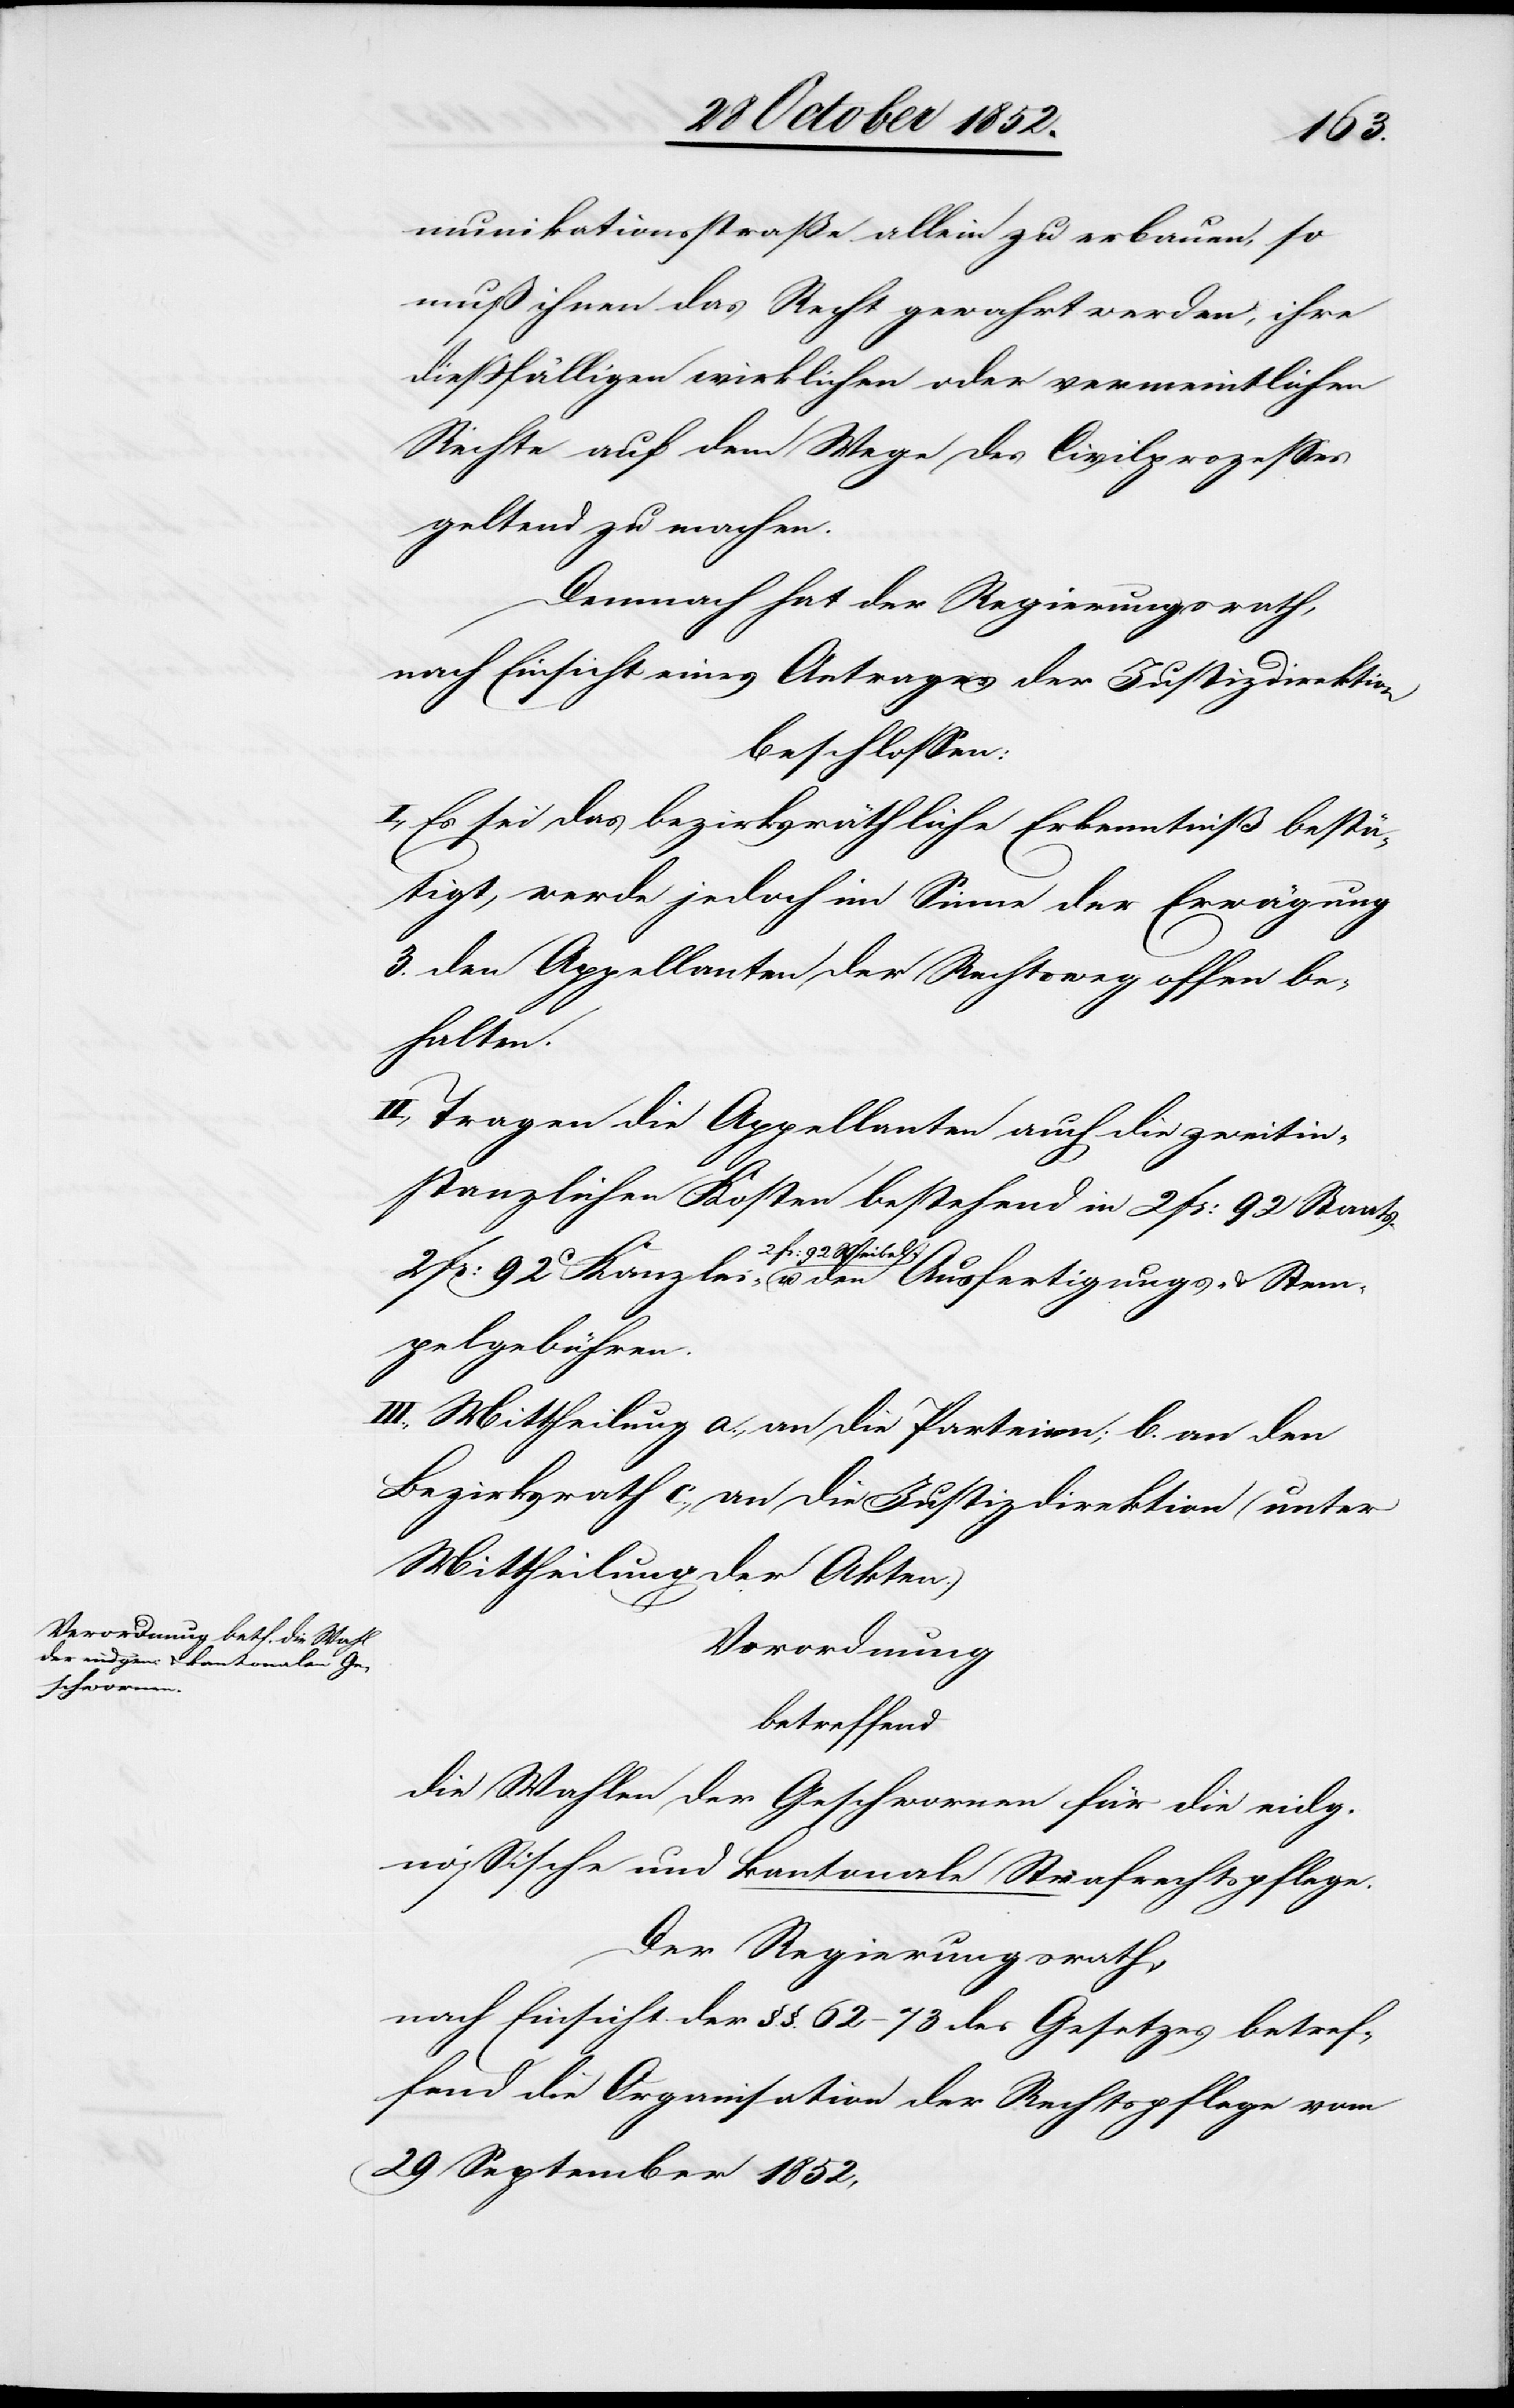
_________

munikationsstraße allein zu erbauen, so
muß ihnen das Recht gewahrt werden, ihre
dießfälligen wirklichen oder vermeintlichen
Rechte auf dem Wege des Civilprozesses
geltend zu machen.
Demnach hat der Regierungsrath,
nach Einsicht eines Antrages der Justizdirektion
beschlossen:
I., Es sei das bezirksräthliche Erkenntniß bestä¬
tigt, werde jedoch im Sinne der Erwägung
3. den Appellanten der Rechtsweg offen be¬
eidg[e]n¬
Tragen die Appellanten auch die zweitin¬
stanzlichen Kosten bestehend in 2 Fr: 92 Staats-
2 Fr: 92 Weibel- u. den Ausfertigungs- & Stem¬
pelgebühren.
III., Mittheilung a., an die Parteien; b. an den
Bezirksrath c., an die Justizdirektion (unter
Mittheilung der Akten.)
Verordnung
betreffend
die Wahlen der Geschwornen für die
össische und kantonale Strafrechtspflege.
Der Regierungsrath,
nach Einsicht der §.§. 62–73 des Gesetzes betref¬
fend die Organisation der Rechtspflege vom
29 September 1852,